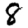
Digit: 8